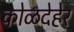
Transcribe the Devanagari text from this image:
कोळदेहेर